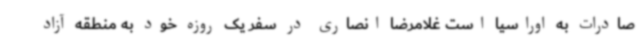
صادرات به اوراسیا است غلامرضا انصاری در سفر یک روزه خود به منطقه آزاد